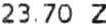
23.70 Z